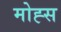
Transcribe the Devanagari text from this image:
मोह्स